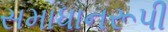
સમાધાનરૂપી